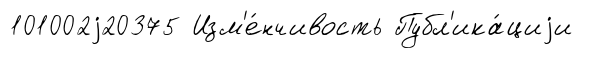
101002j20375 Изм'е́нчивость Публ'ика́циjи